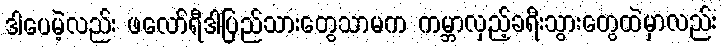
ဒါပေမဲ့လည်း ဖလော်ရီဒါပြည်သားတွေသာမက ကမ္ဘာလှည့်ခရီးသွားတွေထဲမှာလည်း